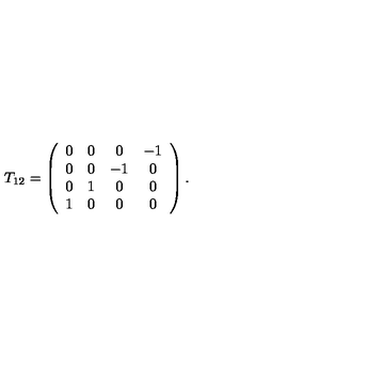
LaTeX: T _ { 1 2 } = \left( \begin{array} { c c c c } { 0 } & { 0 } & { 0 } & { - 1 } \\ { 0 } & { 0 } & { - 1 } & { 0 } \\ { 0 } & { 1 } & { 0 } & { 0 } \\ { 1 } & { 0 } & { 0 } & { 0 } \\ \end{array} \right) .